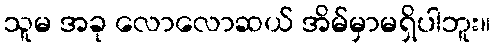
သူမ အခု လောလောဆယ် အိမ်မှာမရှိပါဘူး။